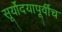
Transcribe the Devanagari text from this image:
सूर्योदयापूर्वीच